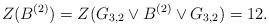
LaTeX: \begin{align*} Z(B^{(2)})=Z(G_{3,2} \vee B^{(2)} \vee G_{3,2})=12. \end{align*}